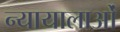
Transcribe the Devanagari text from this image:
न्यायालाओं